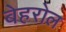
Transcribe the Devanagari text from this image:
बेहरोल